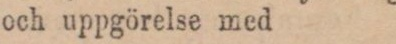
och uppgörelse med